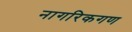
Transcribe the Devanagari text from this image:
नागरिकगण